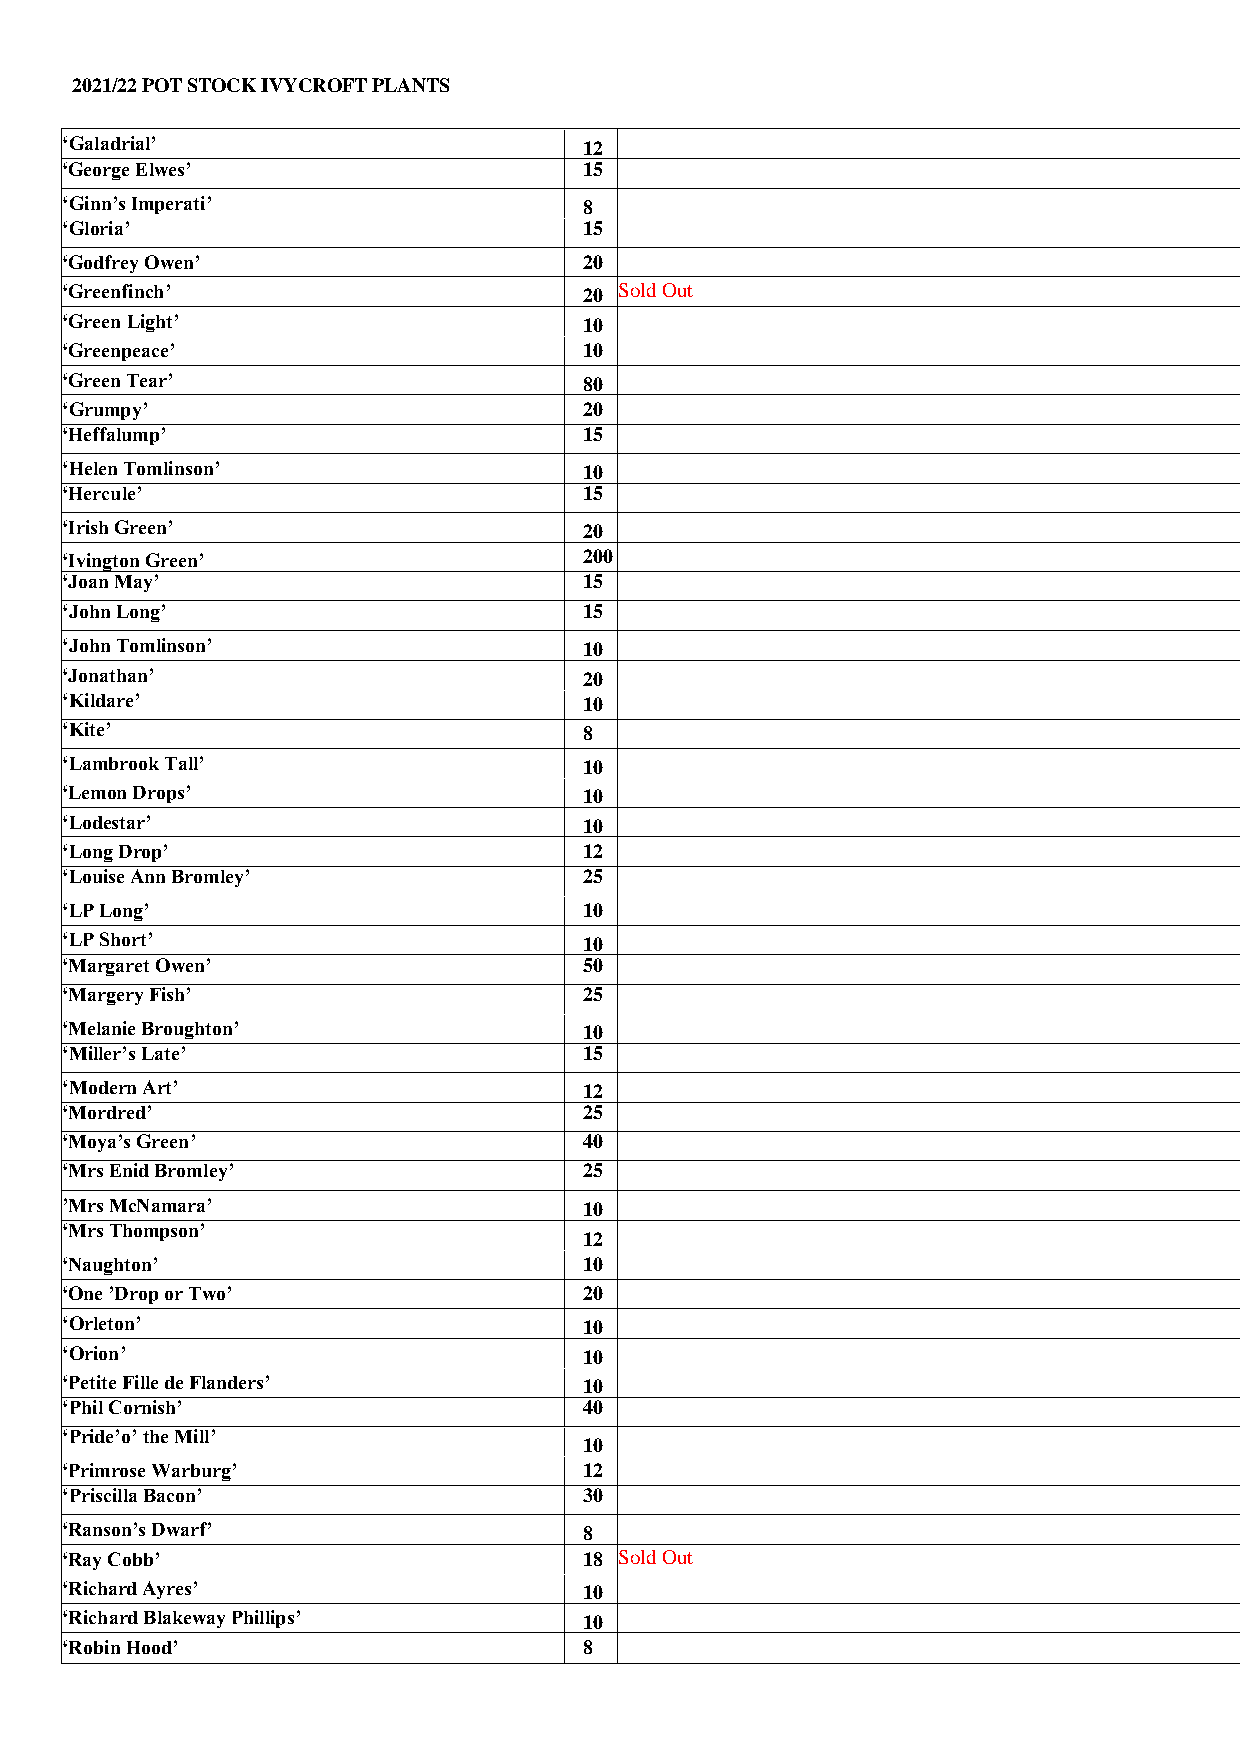
2021/22 POT STOCK IVYCROFT PLANTS
 ‘Galadrial’                        12
 ‘George Elwes’                     15
 ‘Ginn’s Imperati’                  8
 ‘Gloria’                           15
 ‘Godfrey Owen’                     20
 ‘Greenfinch’                       20 Sold Out
 ‘Green Light’                      10
 ‘Greenpeace’                       10
 ‘Green Tear’                       80
 ‘Grumpy’                           20
 ‘Heffalump’                        15
 ‘Helen Tomlinson’                  10
 ‘Hercule’                          15
 ‘Irish Green’                      20
 ‘Ivington Green’                   200
 ‘Joan May’                         15
 ‘John Long’                        15
 ‘John Tomlinson’                   10
 ‘Jonathan’                         20
 ‘Kildare’                          10
 ‘Kite’                             8
 ‘Lambrook Tall’                    10
 ‘Lemon Drops’                      10
 ‘Lodestar’                         10
 ‘Long Drop’                        12
 ‘Louise Ann Bromley’               25
 ‘LP Long’                          10
 ‘LP Short’                         10
 ‘Margaret Owen’                    50
 ‘Margery Fish’                     25
 ‘Melanie Broughton’                10
 ‘Miller’s Late’                    15
 ‘Modern Art’                       12
 ‘Mordred’                          25
 ‘Moya’s Green’                     40
 ‘Mrs Enid Bromley’                 25
 ’Mrs McNamara’                     10
 ‘Mrs Thompson’
 12
 ‘Naughton’                         10
 ‘One ’Drop or Two’                 20
 ‘Orleton’                          10
 ‘Orion’                            10
 ‘Petite Fille de Flanders’         10
 ‘Phil Cornish’                     40
 ‘Pride’o’ the Mill’
 10
 ‘Primrose Warburg’                 12
 ‘Priscilla Bacon’                  30
 ‘Ranson’s Dwarf’                   8
 ‘Ray Cobb’                         18 Sold Out
 ‘Richard Ayres’                    10
 ‘Richard Blakeway Phillips’        10
 ‘Robin Hood’                       8